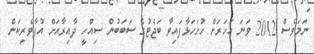
ނަމަވެސް 2012 ވަނަ އަހަރަށް ހުށަހަޅާފައިވާ ބަޖެޓުގެ ސަބަބުން ސިއްހީ ދާއިރާއަށް އުފާވެރިކަން